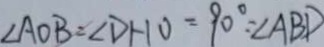
\angle A O B = \angle D H O = 9 0 ^ { \circ } = \angle A B D